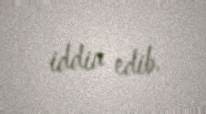
iddia edib.